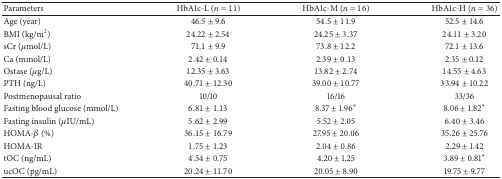
| Parameters | HbA1c-L (n = 11) | HbA1c-M (n = 16) | HbA1c-H (n = 36) |
 | --- | --- | --- | --- |
 | Age (year) | 46.5 ± 9.6 | 54.5 ± 11.9 | 52.5 ± 14.6 |
 | BMI (kg/m2) | 24.22 ± 2.54 | 24.25 ± 3.37 | 24.11 ± 3.20 |
 | sCr (μmol/L) | 71.1 ± 9.9 | 73.8 ± 12.2 | 72.1 ± 13.6 |
 | Ca (mmol/L) | 2.42 ± 0.14 | 2.39 ± 0.13 | 2.35 ± 0.12 |
 | Ostase (μg/L) | 12.35 ± 3.63 | 13.82 ± 2.74 | 14.55 ± 4.63 |
 | PTH (ng/L) | 40.71 ± 12.30 | 39.00 ± 10.77 | 33.94 ± 10.22 |
 | Postmenopausal ratio | 10/10 | 16/16 | 33/36 |
 | Fasting blood glucose (mmol/L) | 6.81 ± 1.13 | 8.37 ± 1.96* | 8.06 ± 1.82* |
 | Fasting insulin (μIU/mL) | 5.62 ± 2.99 | 5.52 ± 2.05 | 6.40 ± 3.46 |
 | HOMA-β (%) | 36.15 ± 16.79 | 27.95 ± 20.06 | 35.26 ± 25.76 |
 | HOMA-IR | 1.75 ± 1.23 | 2.04 ± 0.86 | 2.29 ± 1.42 |
 | tOC (ng/mL) | 4.54 ± 0.75 | 4.20 ± 1.25 | 3.89 ± 0.81* |
 | ucOC (pg/mL) | 20.24 ± 11.70 | 20.05 ± 8.90 | 19.75 ± 9.77 |